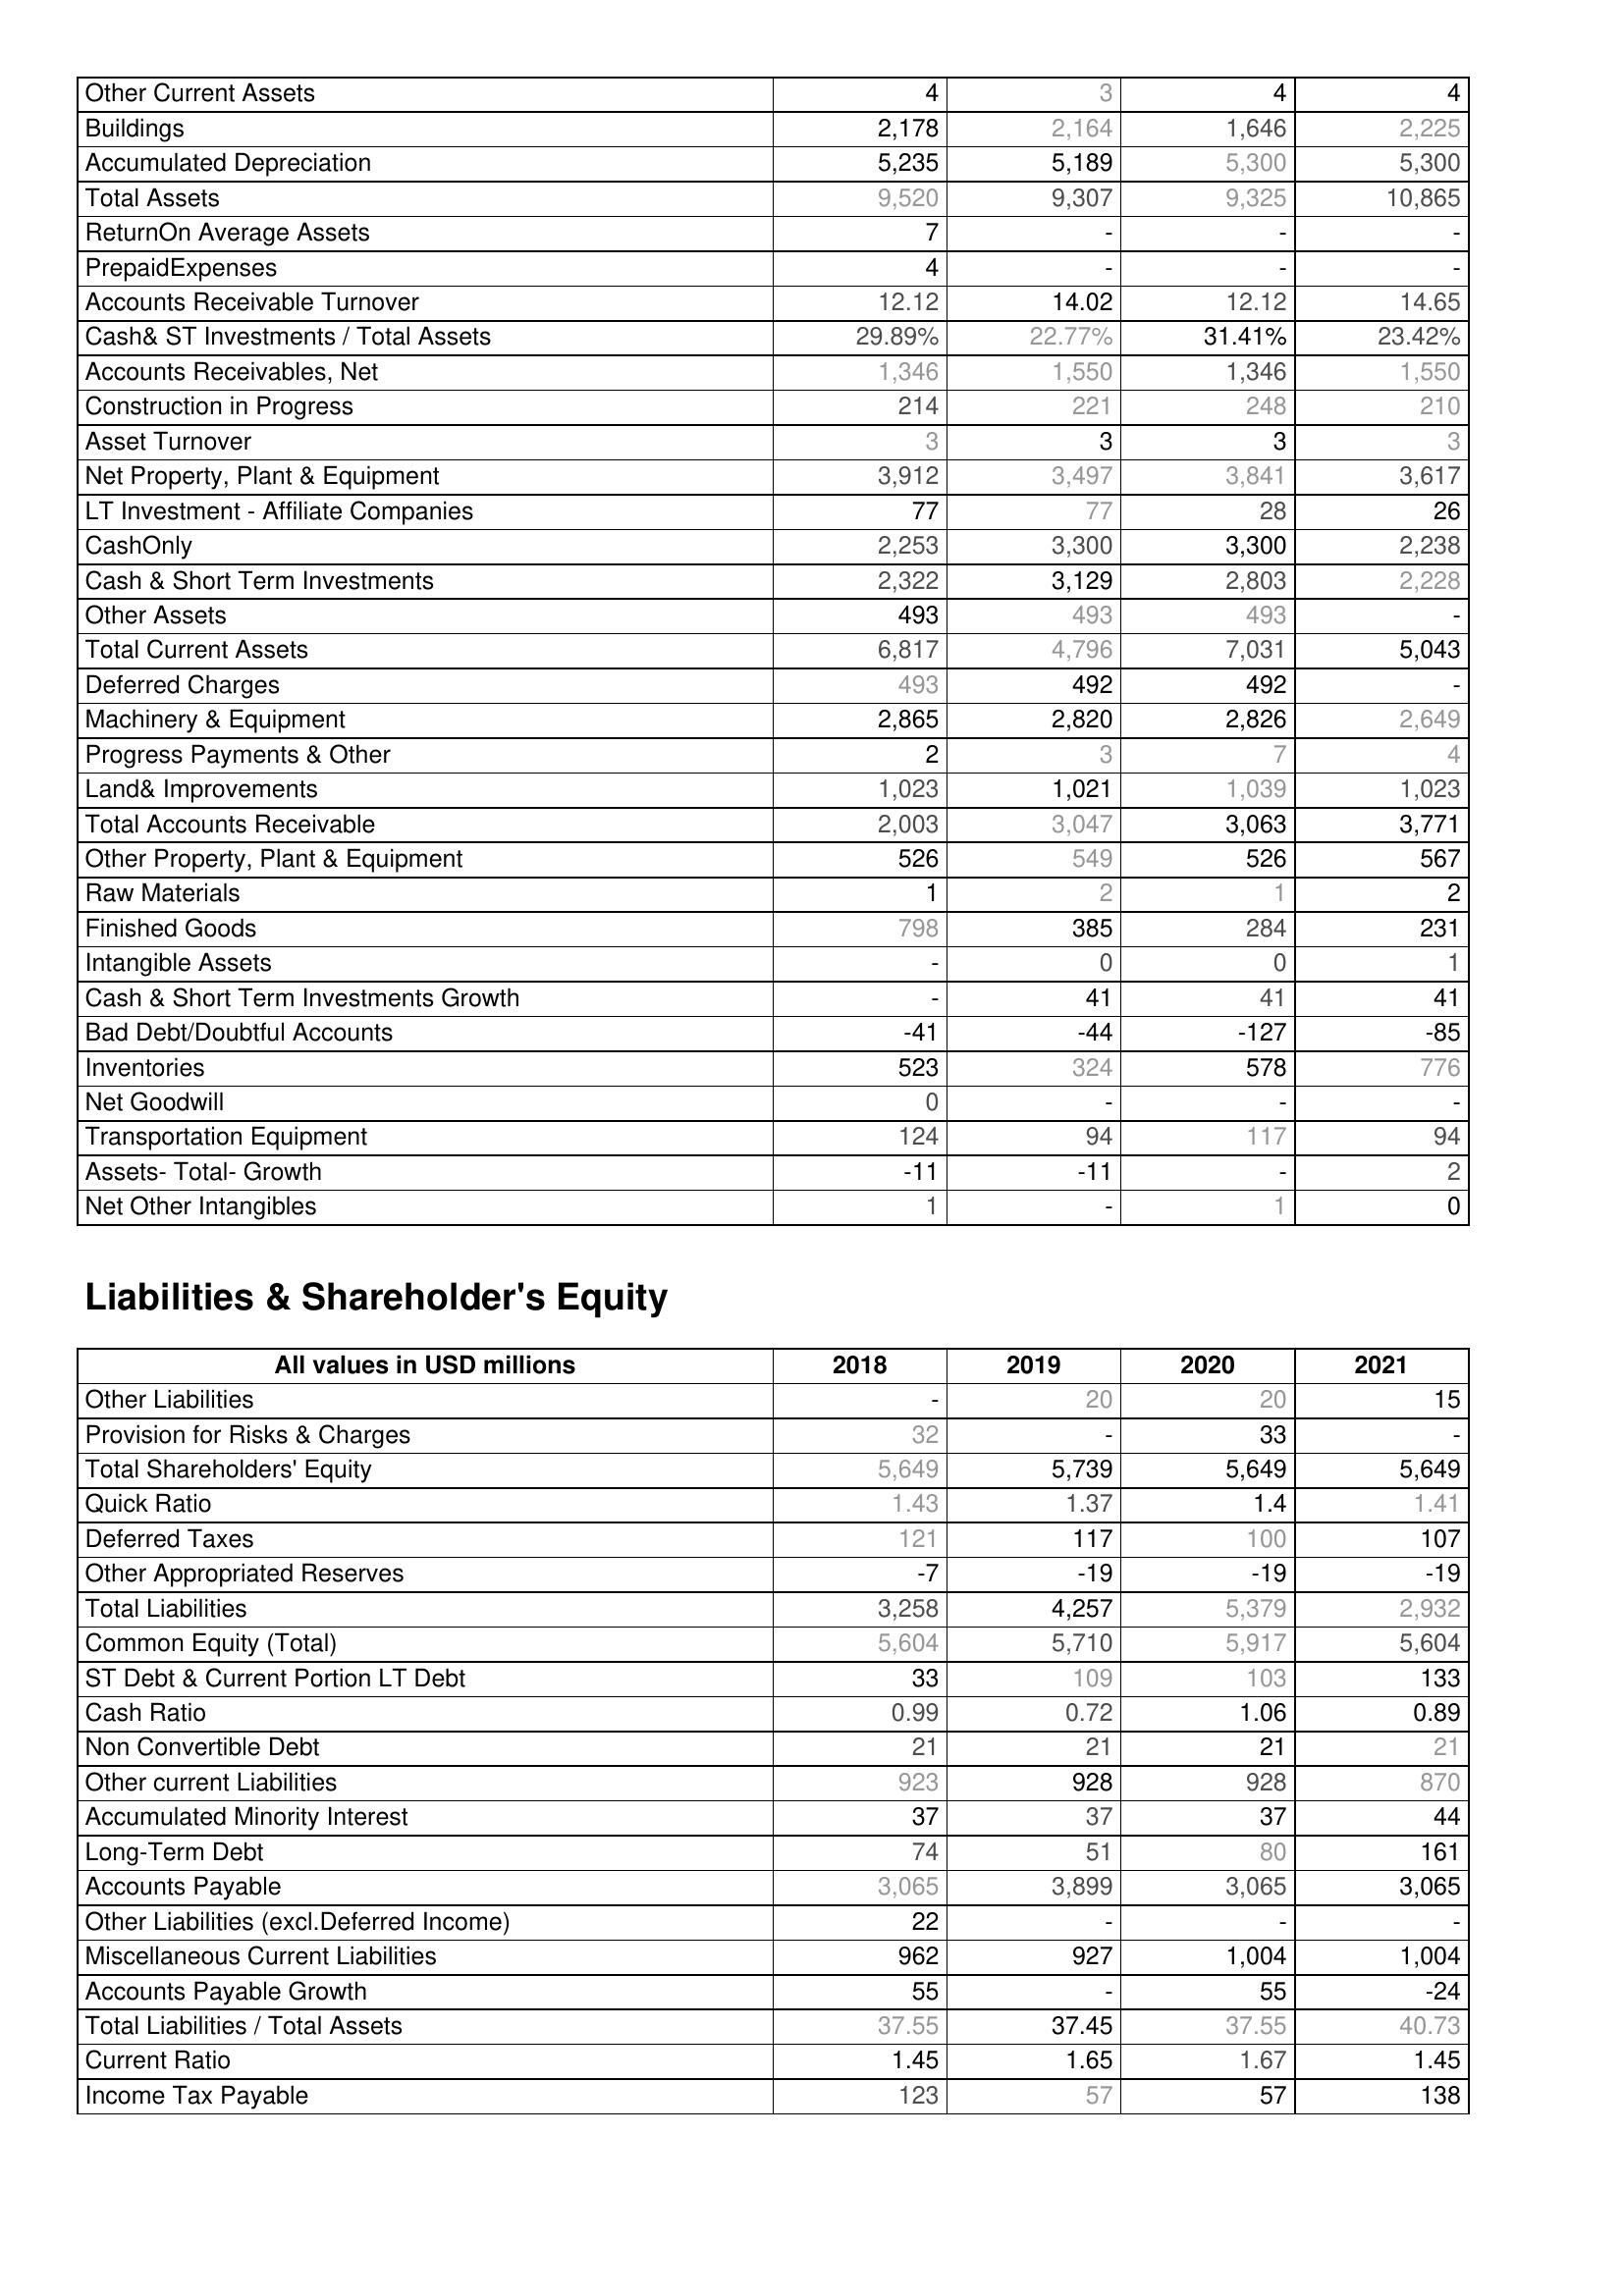
2018: Assets: Other Current Assets: 4
Buildings: 2,178
Accumulated Depreciation: 5,235
Total Assets: 9,520
ReturnOn Average Assets: 7
PrepaidExpenses: 4
Accounts Receivable Turnover: 12.12
Cash& ST Investments / Total Assets: 29.89%
Accounts Receivables, Net: 1,346
Construction in Progress: 214
Asset Turnover: 3
Net Property, Plant & Equipment: 3,912
LT Investment - Affiliate Companies: 77
CashOnly: 2,253
Cash & Short Term Investments: 2,322
Other Assets: 493
Total Current Assets: 6,817
Deferred Charges: 493
Machinery & Equipment: 2,865
Progress Payments & Other: 2
Land& Improvements: 1,023
Total Accounts Receivable: 2,003
Other Property, Plant & Equipment: 526
Raw Materials: 1
Finished Goods: 798
Intangible Assets: -
Cash & Short Term Investments Growth: -
Bad Debt/Doubtful Accounts: -41
Inventories: 523
Net Goodwill: 0
Transportation Equipment: 124
Assets- Total- Growth: -11
Net Other Intangibles: 1
Liabilities & Shareholder's Equity: Other Liabilities: -
Provision for Risks & Charges: 32
Total Shareholders' Equity: 5,649
Quick Ratio: 1.43
Deferred Taxes: 121
Other Appropriated Reserves: -7
Total Liabilities: 3,258
Common Equity (Total): 5,604
ST Debt & Current Portion LT Debt: 33
Cash Ratio: 0.99
Non Convertible Debt: 21
Other current Liabilities: 923
Accumulated Minority Interest: 37
Long-Term Debt: 74
Accounts Payable: 3,065
Other Liabilities (excl.Deferred Income): 22
Miscellaneous Current Liabilities: 962
Accounts Payable Growth: 55
Total Liabilities / Total Assets: 37.55
Current Ratio: 1.45
Income Tax Payable: 123
2019: Assets: Other Current Assets: 3
Buildings: 2,164
Accumulated Depreciation: 5,189
Total Assets: 9,307
ReturnOn Average Assets: -
PrepaidExpenses: -
Accounts Receivable Turnover: 14.02
Cash& ST Investments / Total Assets: 22.77%
Accounts Receivables, Net: 1,550
Construction in Progress: 221
Asset Turnover: 3
Net Property, Plant & Equipment: 3,497
LT Investment - Affiliate Companies: 77
CashOnly: 3,300
Cash & Short Term Investments: 3,129
Other Assets: 493
Total Current Assets: 4,796
Deferred Charges: 492
Machinery & Equipment: 2,820
Progress Payments & Other: 3
Land& Improvements: 1,021
Total Accounts Receivable: 3,047
Other Property, Plant & Equipment: 549
Raw Materials: 2
Finished Goods: 385
Intangible Assets: 0
Cash & Short Term Investments Growth: 41
Bad Debt/Doubtful Accounts: -44
Inventories: 324
Net Goodwill: -
Transportation Equipment: 94
Assets- Total- Growth: -11
Net Other Intangibles: -
Liabilities & Shareholder's Equity: Other Liabilities: 20
Provision for Risks & Charges: -
Total Shareholders' Equity: 5,739
Quick Ratio: 1.37
Deferred Taxes: 117
Other Appropriated Reserves: -19
Total Liabilities: 4,257
Common Equity (Total): 5,710
ST Debt & Current Portion LT Debt: 109
Cash Ratio: 0.72
Non Convertible Debt: 21
Other current Liabilities: 928
Accumulated Minority Interest: 37
Long-Term Debt: 51
Accounts Payable: 3,899
Other Liabilities (excl.Deferred Income): -
Miscellaneous Current Liabilities: 927
Accounts Payable Growth: -
Total Liabilities / Total Assets: 37.45
Current Ratio: 1.65
Income Tax Payable: 57
2020: Assets: Other Current Assets: 4
Buildings: 1,646
Accumulated Depreciation: 5,300
Total Assets: 9,325
ReturnOn Average Assets: -
PrepaidExpenses: -
Accounts Receivable Turnover: 12.12
Cash& ST Investments / Total Assets: 31.41%
Accounts Receivables, Net: 1,346
Construction in Progress: 248
Asset Turnover: 3
Net Property, Plant & Equipment: 3,841
LT Investment - Affiliate Companies: 28
CashOnly: 3,300
Cash & Short Term Investments: 2,803
Other Assets: 493
Total Current Assets: 7,031
Deferred Charges: 492
Machinery & Equipment: 2,826
Progress Payments & Other: 7
Land& Improvements: 1,039
Total Accounts Receivable: 3,063
Other Property, Plant & Equipment: 526
Raw Materials: 1
Finished Goods: 284
Intangible Assets: 0
Cash & Short Term Investments Growth: 41
Bad Debt/Doubtful Accounts: -127
Inventories: 578
Net Goodwill: -
Transportation Equipment: 117
Assets- Total- Growth: -
Net Other Intangibles: 1
Liabilities & Shareholder's Equity: Other Liabilities: 20
Provision for Risks & Charges: 33
Total Shareholders' Equity: 5,649
Quick Ratio: 1.4
Deferred Taxes: 100
Other Appropriated Reserves: -19
Total Liabilities: 5,379
Common Equity (Total): 5,917
ST Debt & Current Portion LT Debt: 103
Cash Ratio: 1.06
Non Convertible Debt: 21
Other current Liabilities: 928
Accumulated Minority Interest: 37
Long-Term Debt: 80
Accounts Payable: 3,065
Other Liabilities (excl.Deferred Income): -
Miscellaneous Current Liabilities: 1,004
Accounts Payable Growth: 55
Total Liabilities / Total Assets: 37.55
Current Ratio: 1.67
Income Tax Payable: 57
2021: Assets: Other Current Assets: 4
Buildings: 2,225
Accumulated Depreciation: 5,300
Total Assets: 10,865
ReturnOn Average Assets: -
PrepaidExpenses: -
Accounts Receivable Turnover: 14.65
Cash& ST Investments / Total Assets: 23.42%
Accounts Receivables, Net: 1,550
Construction in Progress: 210
Asset Turnover: 3
Net Property, Plant & Equipment: 3,617
LT Investment - Affiliate Companies: 26
CashOnly: 2,238
Cash & Short Term Investments: 2,228
Other Assets: -
Total Current Assets: 5,043
Deferred Charges: -
Machinery & Equipment: 2,649
Progress Payments & Other: 4
Land& Improvements: 1,023
Total Accounts Receivable: 3,771
Other Property, Plant & Equipment: 567
Raw Materials: 2
Finished Goods: 231
Intangible Assets: 1
Cash & Short Term Investments Growth: 41
Bad Debt/Doubtful Accounts: -85
Inventories: 776
Net Goodwill: -
Transportation Equipment: 94
Assets- Total- Growth: 2
Net Other Intangibles: 0
Liabilities & Shareholder's Equity: Other Liabilities: 15
Provision for Risks & Charges: -
Total Shareholders' Equity: 5,649
Quick Ratio: 1.41
Deferred Taxes: 107
Other Appropriated Reserves: -19
Total Liabilities: 2,932
Common Equity (Total): 5,604
ST Debt & Current Portion LT Debt: 133
Cash Ratio: 0.89
Non Convertible Debt: 21
Other current Liabilities: 870
Accumulated Minority Interest: 44
Long-Term Debt: 161
Accounts Payable: 3,065
Other Liabilities (excl.Deferred Income): -
Miscellaneous Current Liabilities: 1,004
Accounts Payable Growth: -24
Total Liabilities / Total Assets: 40.73
Current Ratio: 1.45
Income Tax Payable: 138